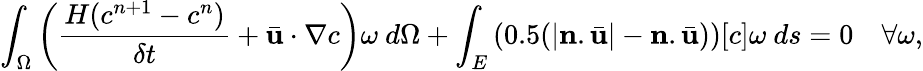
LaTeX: \int_{\Omega}\left(\frac{H(c^{n+1}-c^{n})}{\delta t}+\bar{\mathbf{u}}\cdot\mathbf{\nabla}c\right)\omega~d\Omega+\int_{E}\left(0.5(|\mathbf{n}.\bar{\mathbf{u}}|-\mathbf{n}.\bar{\mathbf{u}})\right)[c]\omega~ds=0~~~~\forall\omega,